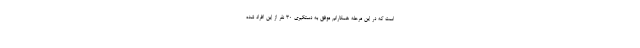
است که در این مرحله همکارانم موفق به دستگیری ۳۰ نفر از این افراد شده